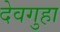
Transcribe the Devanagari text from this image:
देवगुहा